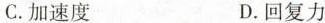
C. 加速度 D. 回复力